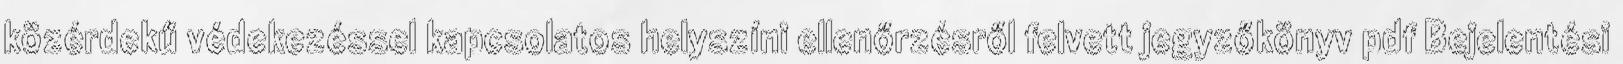
közérdekű védekezéssel kapcsolatos helyszíni ellenőrzésről felvett jegyzőkönyv pdf Bejelentési